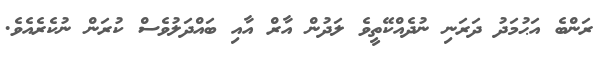
ރަންބެ އަޙުމަދު ދަރަނި ނުދެއްކޭތީވެ ލަދުން އާރް އާއި ބައްދަލުވެސް ކުރަން ނުކެރެއެވެ.